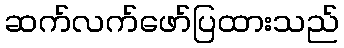
ဆက်လက်ဖော်ပြထားသည်